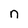
Character: n